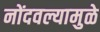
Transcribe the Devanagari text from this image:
नोंदवल्यामुळे